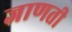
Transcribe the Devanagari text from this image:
जाणती